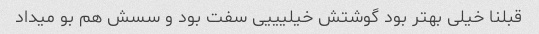
قبلنا خیلی بهتر بود گوشتش خیلیییی سفت بود و سسش هم بو میداد